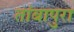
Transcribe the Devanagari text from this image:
तांबापुरा